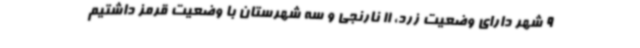
9 شهر دارای وضعیت زرد، 11 نارنجی و سه شهرستان با وضعیت قرمز داشتیم